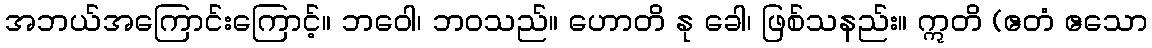
အဘယ်အကြောင်းကြောင့်။ ဘဝေါ၊ ဘဝသည်။ ဟောတိ နု ခေါ၊ ဖြစ်သနည်း။ ဣတိ (ဧတံ ဧသော